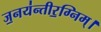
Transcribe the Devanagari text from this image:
ज॒नय॑न्तीर॒ग्निम्।